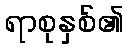
ရာစုနှစ်၏